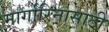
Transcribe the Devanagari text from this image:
मार्गारिनासाठी